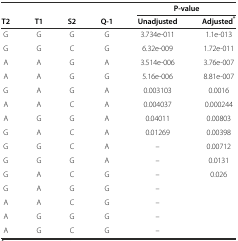
|  |  |  |  | <COLSPAN=2> P-value |
 | T2 | T1 | S2 | Q-1 | Unadjusted | Adjusted* |
 | --- | --- | --- | --- | --- | --- |
 | G | G | G | G | 3.734e-011 | 1.1e-013 |
 | G | G | C | G | 6.32e-009 | 1.72e-011 |
 | A | A | G | A | 3.514e-006 | 3.76e-007 |
 | A | A | G | G | 5.16e-006 | 8.81e-007 |
 | G | A | G | A | 0.003103 | 0.0016 |
 | A | A | C | A | 0.004037 | 0.000244 |
 | A | G | G | A | 0.04011 | 0.00803 |
 | G | A | C | A | 0.01269 | 0.00398 |
 | G | G | C | A | – | 0.00712 |
 | G | G | G | A | – | 0.0131 |
 | G | A | C | G | – | 0.026 |
 | G | A | G | G | – |  |
 | A | A | C | G | – |  |
 | A | G | G | G | – |  |
 | A | G | C | G | – |  |